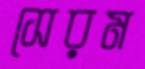
সেরম